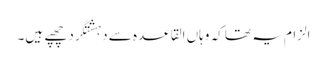
الزام یہ تھا کہ وہاں القاعدہ سے دہشتگرد چھپے ہیں۔